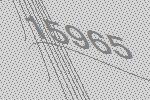
15965